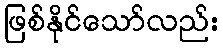
ဖြစ်နိုင်သော်လည်း